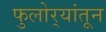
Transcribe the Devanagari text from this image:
फुलोर्‍यांतून